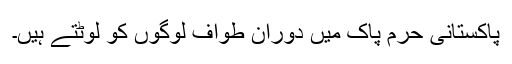
پاکستانی حرم پاک میں دوران طواف لوگوں کو لوٹتے ہیں۔